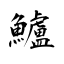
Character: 鱸